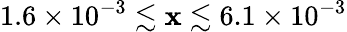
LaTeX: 1.6\times10^{-3}\lesssim\mathbf{x}\lesssim6.1\times10^{-3}